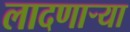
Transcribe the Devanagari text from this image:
लादणाऱ्या